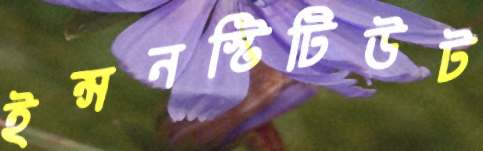
ইন্সনস্টিটিউট